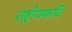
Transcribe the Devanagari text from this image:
राष्ट्रीयकवि